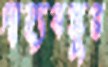
দাহ্যবস্তুর